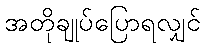
အတိုချုပ်ပြောရလျှင်